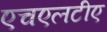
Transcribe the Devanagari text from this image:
एचएलटीए